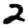
Digit: 2